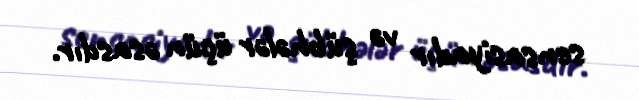
sensasiyadır və şübhələr üçün əsasdır.